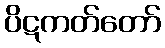
ပိဋကတ်တော်